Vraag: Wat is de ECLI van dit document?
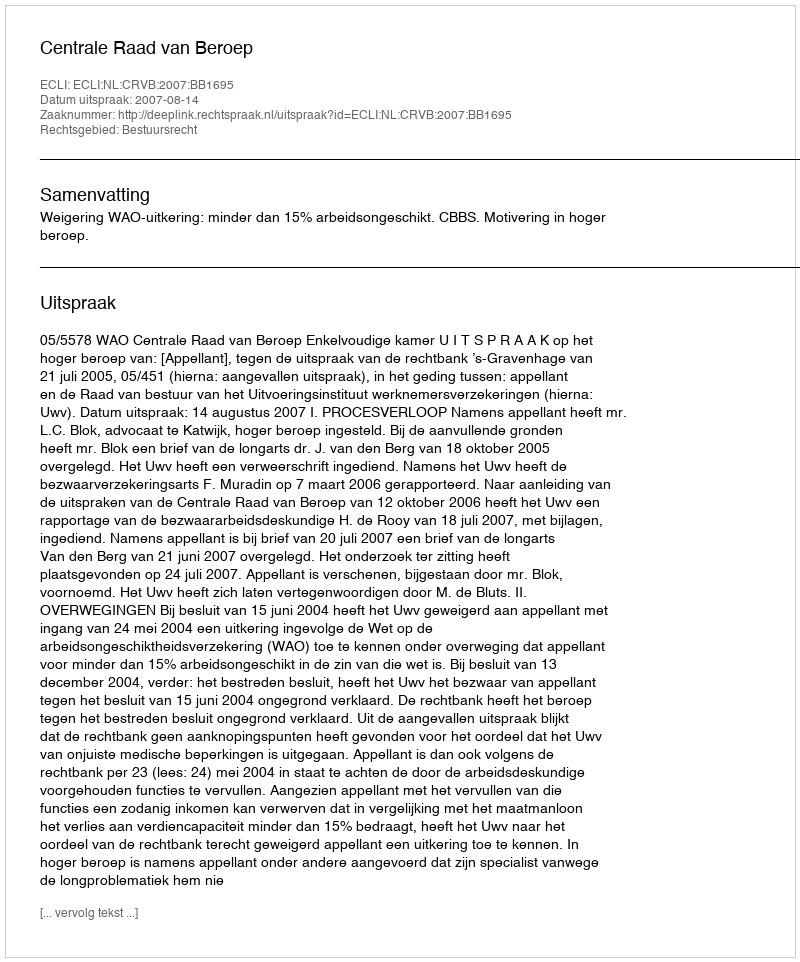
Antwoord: ECLI:NL:CRVB:2007:BB1695